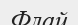
Флай